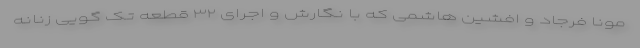
مونا فرجاد و افشین هاشمی که با نگارش و اجرای ۳۲ قطعه تک گویی زنانه